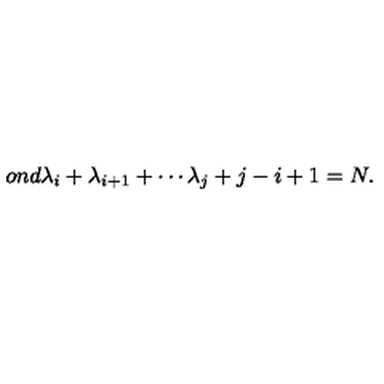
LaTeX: o n d } \lambda _ { i } + \lambda _ { i + 1 } + \cdots \lambda _ { j } + j - i + 1 = N .